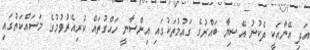
އަދި އޭނާއަކީ ދެކުނު އޭޝިޔާ ބައްރުގެ ގައުމުތަކުގައި އިންސާނީ ހައްގުތައް ކުރިއެރުވުމުގެ މަސައްކަތުގައި